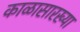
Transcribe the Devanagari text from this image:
काळासारख्या